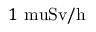
1 \mathrm { { \ m u } S v / h }